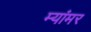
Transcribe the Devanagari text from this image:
म्यांमर